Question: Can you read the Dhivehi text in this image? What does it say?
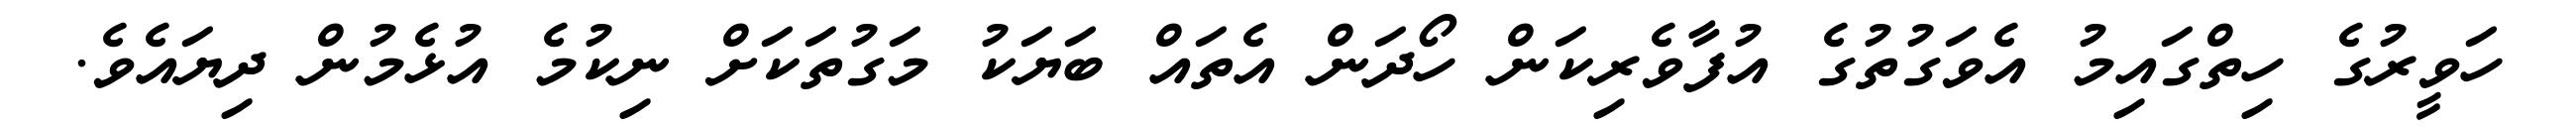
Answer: ހަވީރުގެ ހިތްގައިމު އެވަގުތުގެ އުފާވެރިކަން ހޯދަން އެތައް ބަޔަކު މަގުތަކަށް ނިކުމެ އުޅެމުން ދިޔައެވެ.